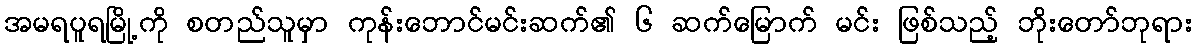
အမရပူရမြို့ကို စတည်သူမှာ ကုန်းဘောင်မင်းဆက်၏ ၆ ဆက်မြောက် မင်း ဖြစ်သည့် ဘိုးတော်ဘုရား